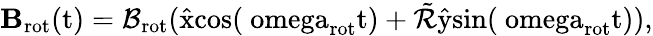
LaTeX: {\mathbf B}_{\mathrm{rot}}(\mathrm{t)=\mathcal{B}_{\mathrm{rot}}(\hat{x}cos(\ omega_{\mathrm{rot}}t)+\tilde{\cal R}\hat{y}sin(\ omega_{\mathrm{rot}}t)),}